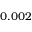
0 . 0 0 2